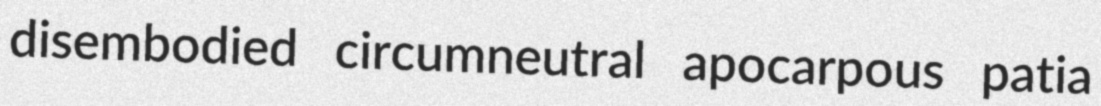
disembodied circumneutral apocarpous patia